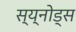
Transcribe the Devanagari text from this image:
स्य्नोड्स